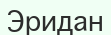
Эридан